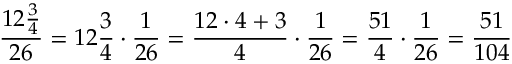
{ \frac { 1 2 { \frac { 3 } { 4 } } } { 2 6 } } = 1 2 { \frac { 3 } { 4 } } \cdot { \frac { 1 } { 2 6 } } = { \frac { 1 2 \cdot 4 + 3 } { 4 } } \cdot { \frac { 1 } { 2 6 } } = { \frac { 5 1 } { 4 } } \cdot { \frac { 1 } { 2 6 } } = { \frac { 5 1 } { 1 0 4 } }